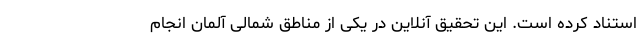
استناد کرده است. این تحقیق آنلاین در یکی از مناطق شمالی آلمان انجام